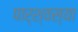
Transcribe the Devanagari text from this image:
पार्श्वस्या